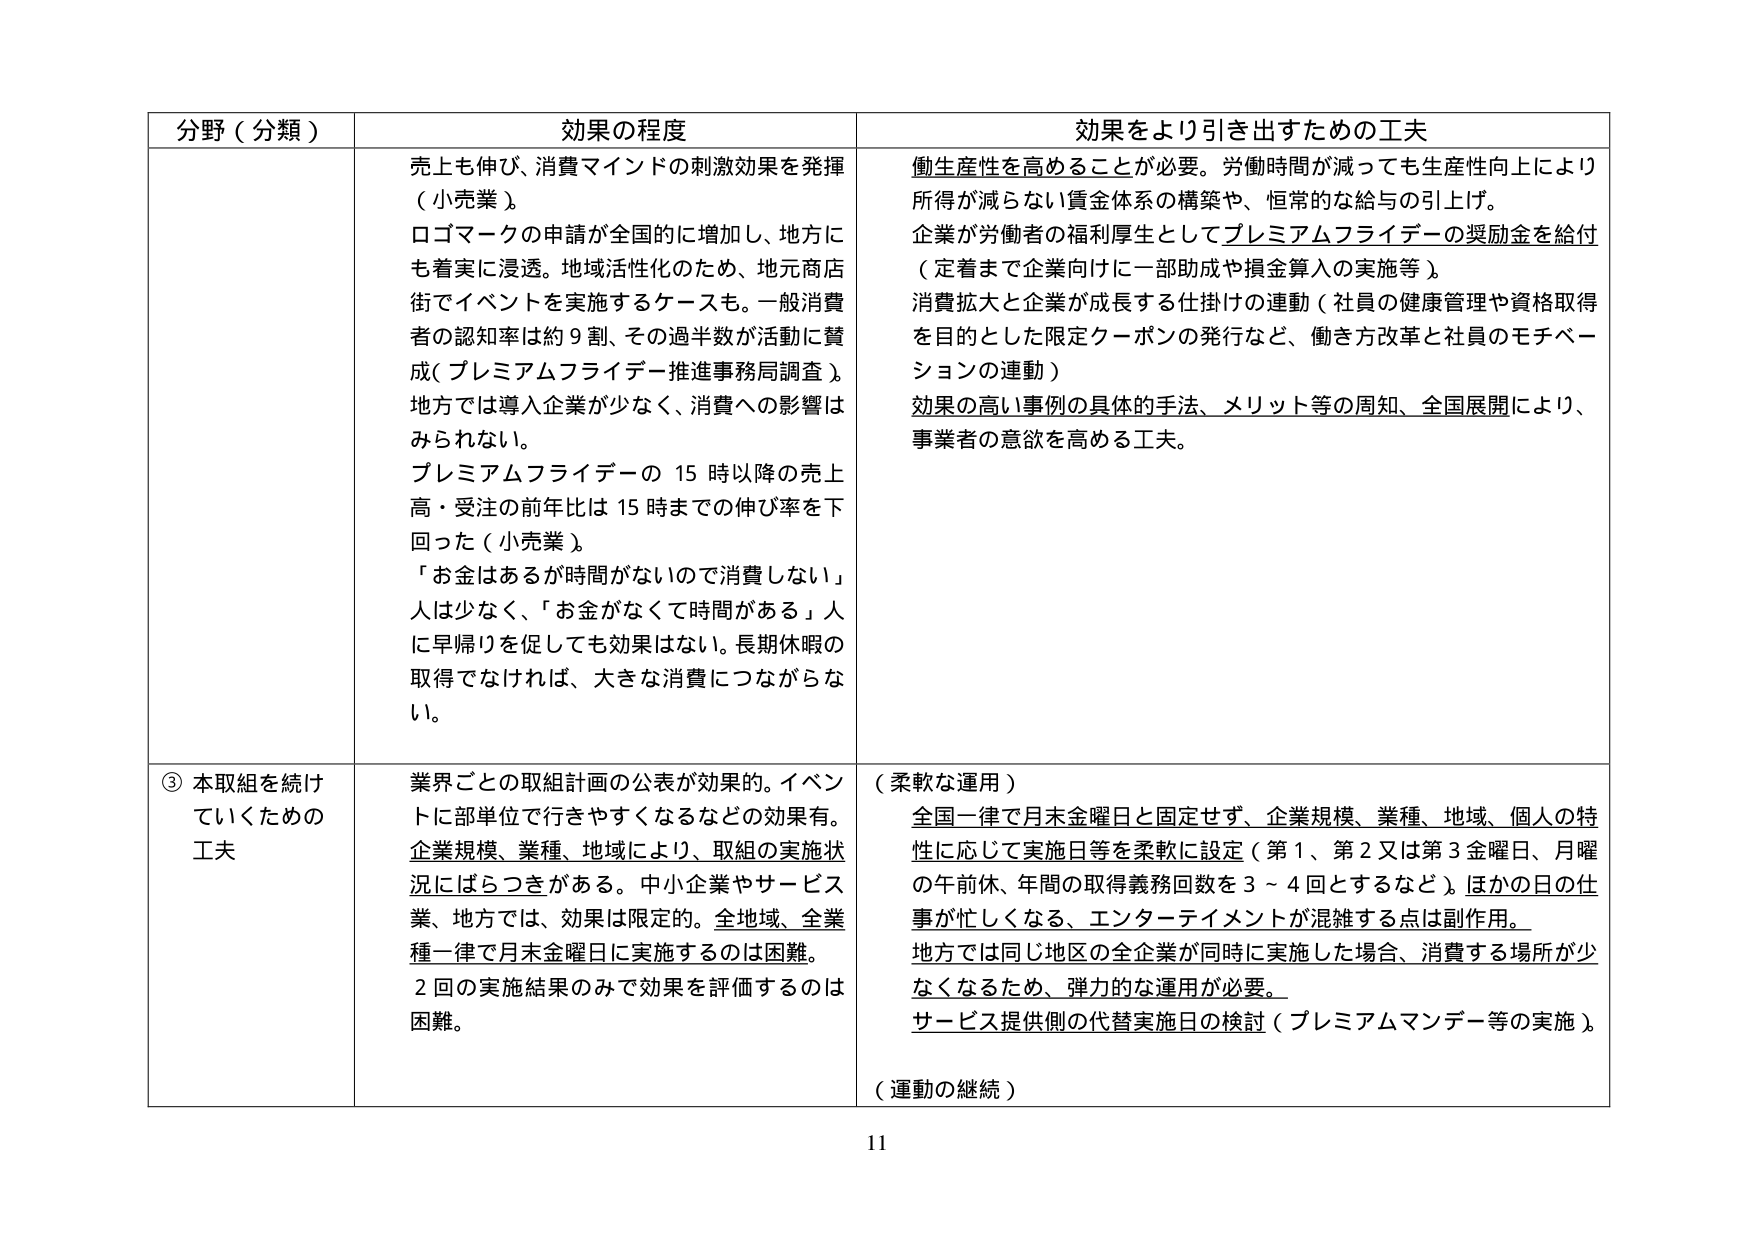
分野（分類）　効果の程度　効果をより引き出すための工夫

売上も伸び、消費マインドの刺激効果を発揮（小売業）。
ロゴマークの申請が全国的に増加し、地方にも着実に浸透。地域活性化のため、地元商店街でイベントを実施するケースも。一般消費者の認知率は約9割、その過半数が活動に賛成（プレミアムフライデー推進事務局調査）。地方では導入企業が少なく、消費への影響はみられない。
プレミアムフライデーの15時以降の売上高・受注の前年比は15時までの伸び率を下回った（小売業）。
「お金はあるが時間がないので消費しない」人は少なく、「お金がなくて時間がある」人に早帰りを促しても効果はない。長期休暇の取得でなければ、大きな消費につながらない。

働き生産性を高めることが必要。労働時間が減っても生産性向上により所得が減らない賃金体系の構築や、恒常的な給与の引上げ。
企業が労働者の福利厚生としてプレミアムフライデーの奨励金を給付（定着まで企業向けに一部助成や損金算入の実施等）。
消費拡大と企業が成長する仕掛けの連動（社員の健康管理や資格取得を目的とした限定クーポンの発行など、働き方改革と社員のモチベーションの連動）。
効果の高い事例の具体的手法、メリット等の周知、全国展開により、事業者の意欲を高める工夫。

③本取組を続けていくための工夫
業界ごとの取組計画の公表が効果的。イベントに部単位で行きやすくなるなどの効果有。企業規模、業種、地域により、取組の実施状況にはらつきがある。中小企業やサービス業、地方では、効果は限定的。全地域、全業種一律で月末金曜日に実施するのは困難。2回の実施結果のみで効果を評価するのは困難。

（柔軟な運用）
全国一律で月末金曜日と固定せず、企業規模、業種、地域、個人の特性に応じて実施日等を柔軟に設定（第1、第2又は第3金曜日、月曜の午前休、年間の取得義務回数を3～4回とするなど）。ほかの日の仕事が忙しくなる、エンターテイメントが混雑する点は副作用。
地方では同じ地区の全企業が同時に実施した場合、消費する場所が少なくなるため、弾力的な運用が必要。
サービス提供側の代替実施日の検討（プレミアムマンデー等の実施）。

（運動の継続）

11